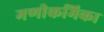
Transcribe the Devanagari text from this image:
मणीकमिका